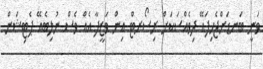
ވަނީ ބަނޑަށްޖެހިފައޭ ދިވެއްސަކަށް ރިސޯރޓް އިން ވަޒީފާ އެއް ވެސް ނުލިބެއޭ ޕެޓިޝަން